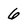
Character: 6